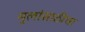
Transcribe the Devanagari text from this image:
मुलांसाठीचा